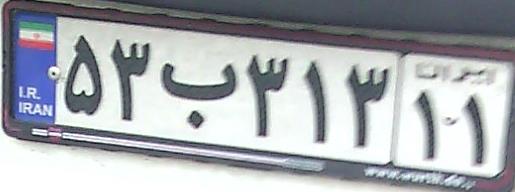
۵۳ب۳۱۳۱۱